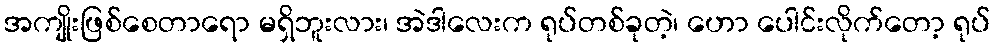
အကျိုးဖြစ်စေတာရော မရှိဘူးလား၊ အဲဒါလေးက ရုပ်တစ်ခုတဲ့၊ ဟော ပေါင်းလိုက်တော့ ရုပ်